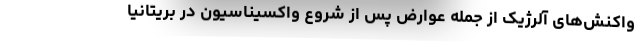
واکنش‌های آلرژیک از جمله عوارض پس از شروع واکسیناسیون در بریتانیا